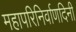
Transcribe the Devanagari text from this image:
महापरिनिर्वाणदिनी